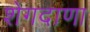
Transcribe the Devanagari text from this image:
शेगदाणा